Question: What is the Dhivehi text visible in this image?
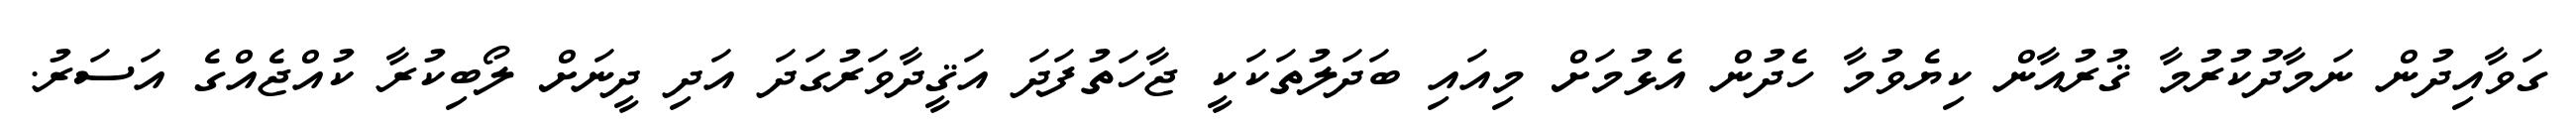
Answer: ގަވާއިދުން ނަމާދުކުރުމާ ޤުރުއާން ކިޔެވުމާ ހެދުން އެޅުމަށް މިއައި ބަދަލުތަކަކީ ޖާހަތުފަދަ އަޤީދާވަރުގަދަ އަދި ދީނަށް ލޯބިކުރާ ކުއްޖެއްގެ އަސަރު.